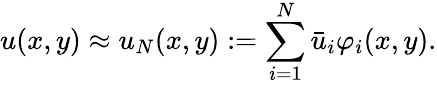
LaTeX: u(x,y)\approx u_{N}(x,y):=\sum_{i=1}^{N}\bar{u}_{i}\varphi_{i}(x,y).